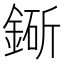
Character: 䤺